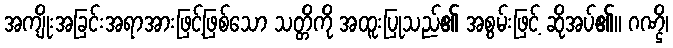
အကျိုးအခြင်းအရာအားဖြင့်ဖြစ်သော သတ္တိကို အထူးပြုသည်၏ အစွမ်းဖြင့် ဆိုအပ်၏။ ဂဏ္ဌိ၊